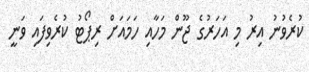
ކުރެވުނު އިރު މި އަހަރުގެ ޖޫން މަހާއި ހަމައަށް ރިޕޯޓު ކުރެވިފައި ވަނީ